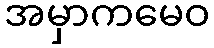
အမှာကမေဝ